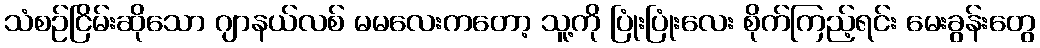
သံစဉ်ငြိမ်းဆိုသော ဂျာနယ်လစ် မမလေးကတော့ သူ့ကို ပြုံးပြုံးလေး စိုက်ကြည့်ရင်း မေးခွန်းတွေ